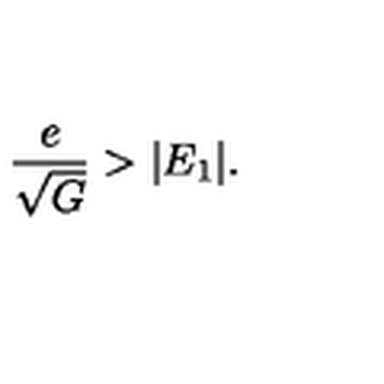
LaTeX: { \frac { e } { \sqrt G } } > | E _ { 1 } | .